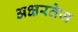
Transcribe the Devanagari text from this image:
अक्षरतेज